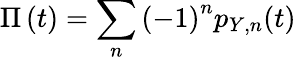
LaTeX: \Pi\left(t\right)=\sum_{n}{\left(-1\right)^{n}p_{Y,n}(t)}